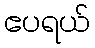
ဧပရယ်